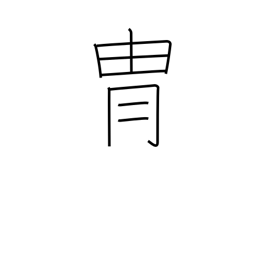
Meaning: helmet